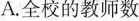
A.全校的教师数